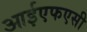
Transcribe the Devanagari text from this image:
आईएफएसी